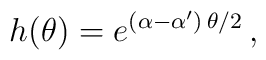
h(\theta)=e^{(\alpha-\alpha')\,\theta/2}\,,